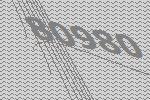
80980